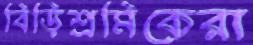
বিড়িশ্রমিকেরা